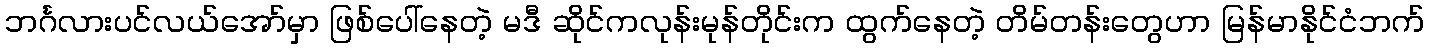
ဘင်္ဂလားပင်လယ်အော်မှာ ဖြစ်ပေါ်နေတဲ့ မဒီ ဆိုင်ကလုန်းမုန်တိုင်းက ထွက်နေတဲ့ တိမ်တန်းတွေဟာ မြန်မာနိုင်ငံဘက်